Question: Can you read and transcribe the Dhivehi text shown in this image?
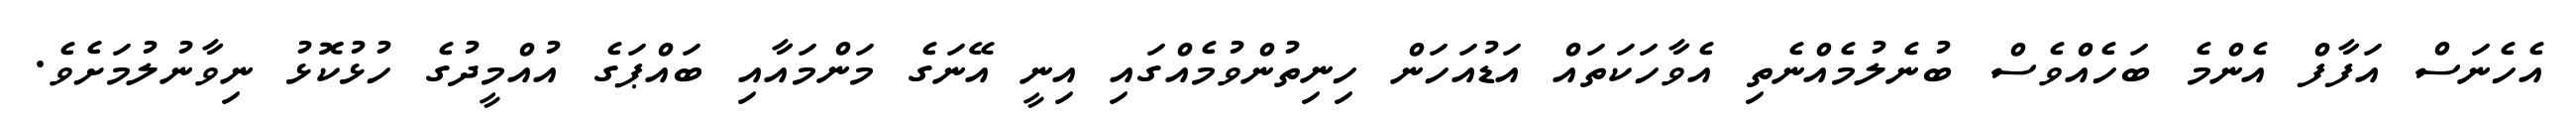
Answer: އެހެނަސް އަފާފް އެންމެ ބަހެއްވެސް ބުނެލުމެއްނެތި އެވާހަކަތައް އަޑުއަހަން ހިނިތުންވުމެއްގައި އިނީ އޭނަގެ މަންމައާއި ބައްޕަގެ އުއްމީދުގެ ހުޅުކޮޅު ނިވާނުލުމަށެވެ.